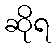
ဆိုရ